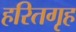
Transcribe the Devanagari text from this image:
हरितगृह